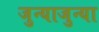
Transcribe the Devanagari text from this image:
जुन्याजुन्या